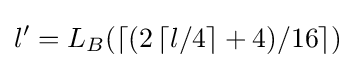
l'=L_{B}(\left\lceil (2\left\lceil l/4\right\rceil +4)/16\right\rceil )